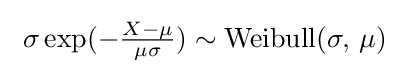
\ \sigma \exp(-{\tfrac {X-\mu }{\mu \sigma }})\sim {\textrm {Weibull}}(\sigma ,\,\mu )\